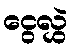
ငွေလွှဲ